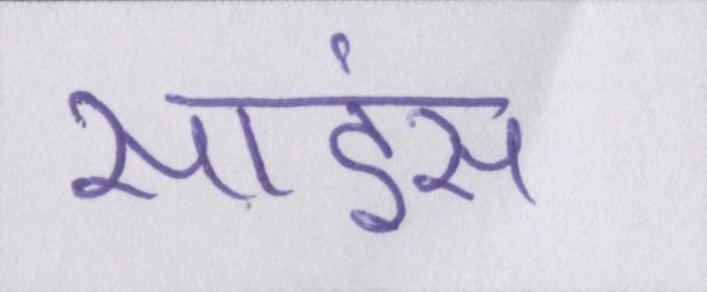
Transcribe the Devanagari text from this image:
साइंस